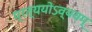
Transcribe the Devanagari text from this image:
प्रत्ययोऽव्ययम्